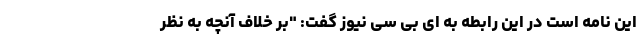
این نامه است در این رابطه به ای بی سی نیوز گفت: "بر خلاف آنچه به نظر